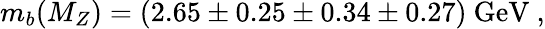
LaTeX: m_{b}(M_{Z})=(2.65\pm 0.25\pm 0.34\pm 0.27)~\mathrm{GeV}~,